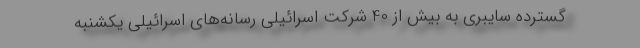
گسترده سایبری به بیش از 40 شرکت اسرائیلی رسانه‌های اسرائیلی یکشنبه